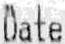
DATE